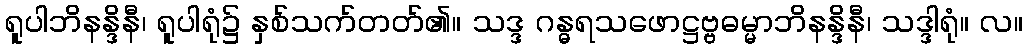
ရူပါဘိနန္ဒိနီ၊ ရူပါရုံ၌ နှစ်သက်တတ်၏။ သဒ္ဒ ဂန္ဓရသဖောဋ္ဌဗ္ဗဓမ္မာဘိနန္ဒိနီ၊ သဒ္ဒါရုံ။ လ။